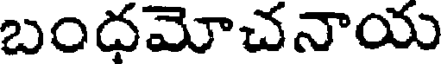
బంధమోచనాయ